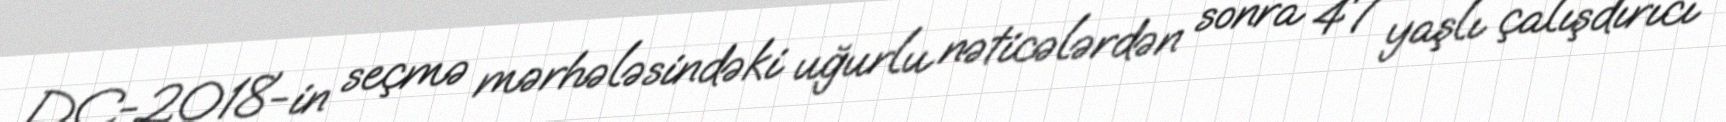
DÇ-2018-in seçmə mərhələsindəki uğurlu nəticələrdən sonra 47 yaşlı çalışdırıcı